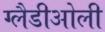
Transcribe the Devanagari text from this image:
ग्‍लैडीओली